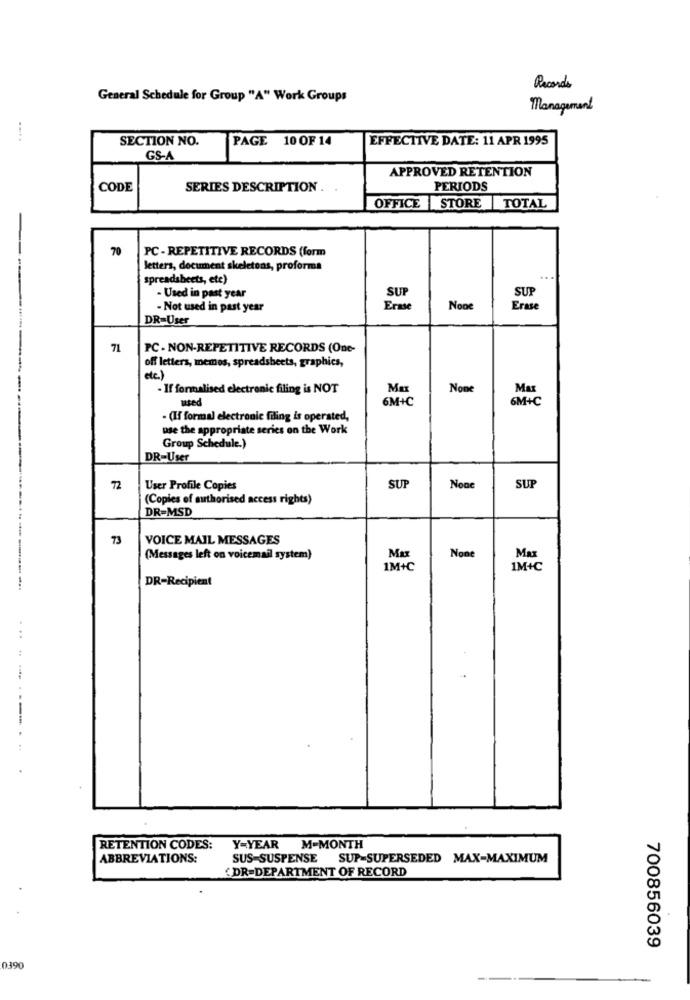
Records
General Schedule for Group "A" Work Groups
Management
SECTION NO.
PAGE 10 OF 14
EFFECTIVE DATE: 11 APR 1995
GS-A
APPROVED RETENTION
CODE
SERIES DESCRIPTION .
PERIODS
OFFICE STORE TOTAL
70
PC - REPETITIVE RECORDS (form
letters, document skeletons, proforma
Spreadsheets, etc)
SUP
SUP
- Used in past year
Not used in past year
Erase
Erase
DR=User
71
PC - NON-REPETITIVE RECORDS (One-
off letters, memes, spreadsheets, graphics,
etc.)
- If formalised electronic filing is NOT
Max
Max
used
6M+C
6M+C
- (If formal electronic filing is operated,
use the appropriate series on the Work
Group Schedule.)
DR-User
72
User Profile Copies
SUT
SUP
(Copies of authorised access rights)
DR-MSD
73
VOICE MAIL MESSAGES
(Messages left on voicemail system)
Max
1M+C
1M+C
DR-Recipient
...
RETENTION CODES:
Y-YEAR M-MONTH
ABBREVIATIONS:
SUS-SUSPENSE
SUP-SUPERSEDED MAX-MAXIMUM
DR-DEPARTMENT OF RECORD
700856039
0390